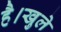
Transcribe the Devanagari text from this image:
है।खुले